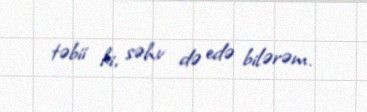
təbii ki, səhv də edə bilərəm.